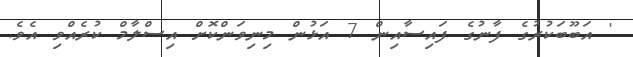
' އަބޫބަކުރުގެ ފާނުގެ ފައިސާއިން 7 އަޅުން މިނިވަންކޮށް އިސްލާމް ކުރެއްވި އެވެ.